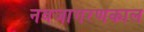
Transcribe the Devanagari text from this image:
नवजागरणकाल